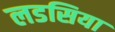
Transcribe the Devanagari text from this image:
लडसिया